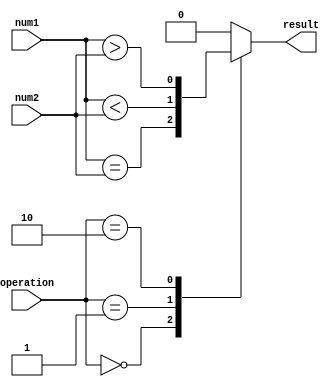
module fixed_point_comparator (
    input signed [31:0] num1, 
    input signed [31:0] num2, 
    input [1:0] operation, 
    output reg result
);

always @(*)
begin
    case(operation)
        2'b00: result = (num1 == num2);
        2'b01: result = (num1 < num2);
        2'b10: result = (num1 > num2);
        default: result = 1'b0;
    endcase
end

endmodule